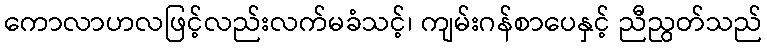
ကောလာဟလဖြင့်လည်းလက်မခံသင့်၊ ကျမ်းဂန်စာပေနှင့် ညီညွတ်သည်